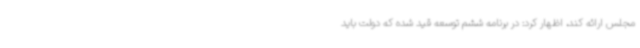
مجلس ارائه کند، اظهار کرد: در برنامه ششم توسعه قید شده که دولت باید